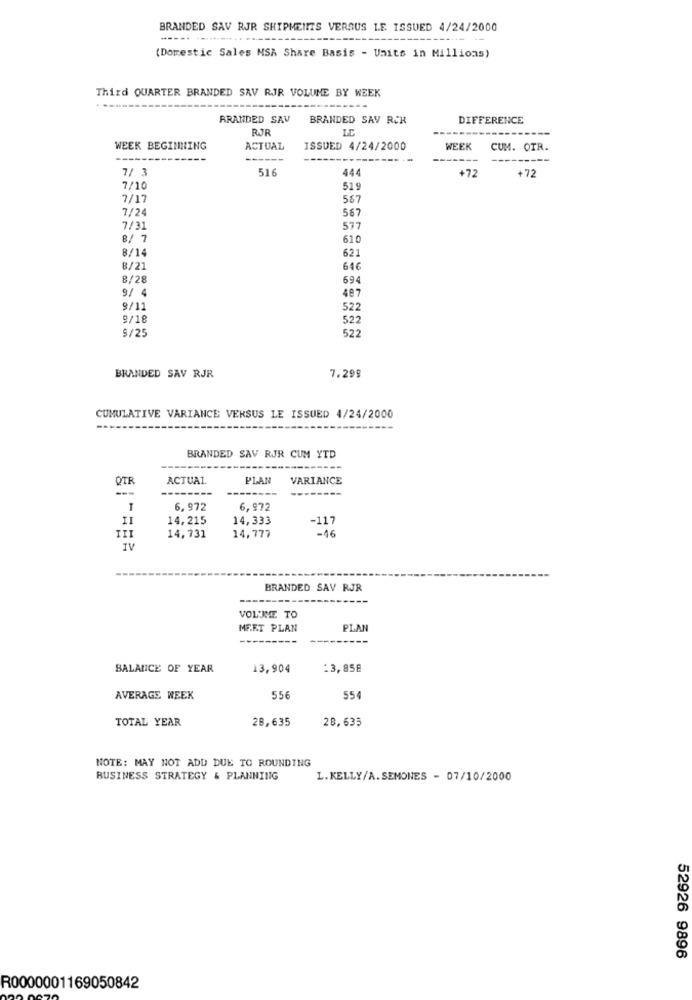
BRANDED SAV RJR SHIPMENTS VERSUS LE ISSUED 4/24/2000
----. .....
-------
(Domestic Sales MSA Share Basis - Units in Millions)
Third QUARTER BRANDED SAV RIR VOLUME BY WEEK
BRANDED SAV
BRANDED SAV RUK
DIFFERENCE
RJR
WEEK BEGINNING
ACTUAL
ISSUED 4/24/2000
WEEK
CUM. OTR.
------
7/ 3
516
444
+72
+72
7/10
519
7/17
567
7/24
567
7/31
577
8/ 7
610
8/14
621
8/21
640
8/28
694
9/ 4
487
9/11
522
9/18
522
$/25
522
7.299
BRANDED SAV RJR
CUMULATIVE VARIANCE VERSUS LE ISSUED 4/24/2000
BRANDED SAV RJR CUM YTD
QTE
ACTUAL.
PLAN
VARIANCE
---
-----
6, 972
6,972
14,215
14,333
-117
-16
14,731
14,777
BRANDED SAV RJR
VOLIME TO
MEET PLAN
PLAN
BALANCE OF YEAR
13,904
:3,85€
AVERAGE WEEK
556
55
TOTAL YEAR
28,635
28,635
NOTE: MAY NOT ADD DUE TO ROUNDING
BUSINESS STRATEGY & PLANNING
L.KELLY/A.SEMONES - 07/10/2000
52926 9896
R0000001169050842